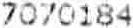
7070184